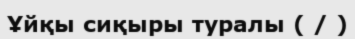
Ұйқы сиқыры туралы ( / )